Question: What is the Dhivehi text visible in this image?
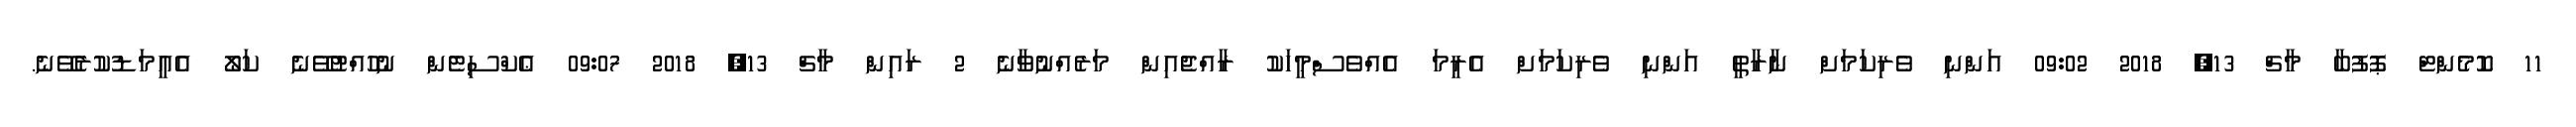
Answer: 11 ކޮމެންޓް ޕޮފުބާ މާޗް 13, 2018 09:02 އަންނި ވެރިކަމަށް ނާރާތީ އަންނި ވެރިކަމަށް އެރީމަ އެއްވެސްމީހަކު ރާއްޖެއިން މަރެއްނުވާނެ 2 ރައިން މާޗް 13, 2018 09:07 ޢެކްސިޓެން ނުހުއްޓުވޭނެ ކަލޯ އެއީމަޑުކުރެވޭނެ.